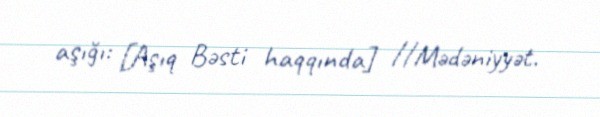
aşığı: [Aşıq Bəsti haqqında] //Mədəniyyət.